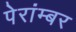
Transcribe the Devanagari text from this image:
पेरांम्बर